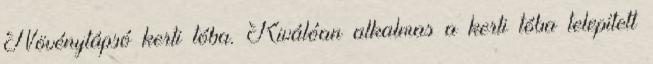
Növénytápsó kerti tóba. Kiválóan alkalmas a kerti tóba telepített